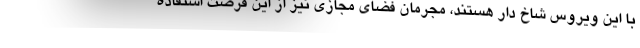
با این ویروس شاخ دار هستند، مجرمان فضای مجازی نیز از این فرصت استفاده